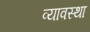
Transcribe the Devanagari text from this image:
व्यावस्था